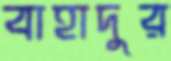
বাহাদুর